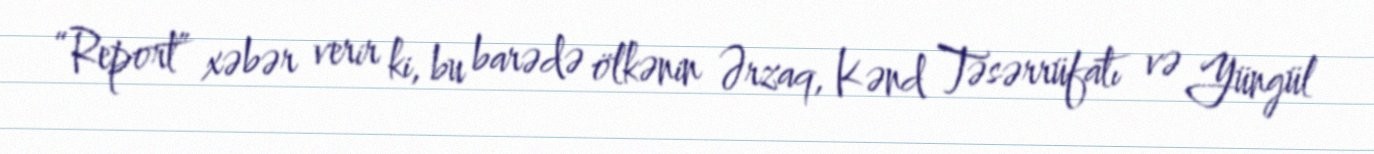
“Report” xəbər verir ki, bu barədə ölkənin Ərzaq, Kənd Təsərrüfatı və Yüngül